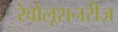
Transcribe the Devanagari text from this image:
रेवोलूशनरीज़